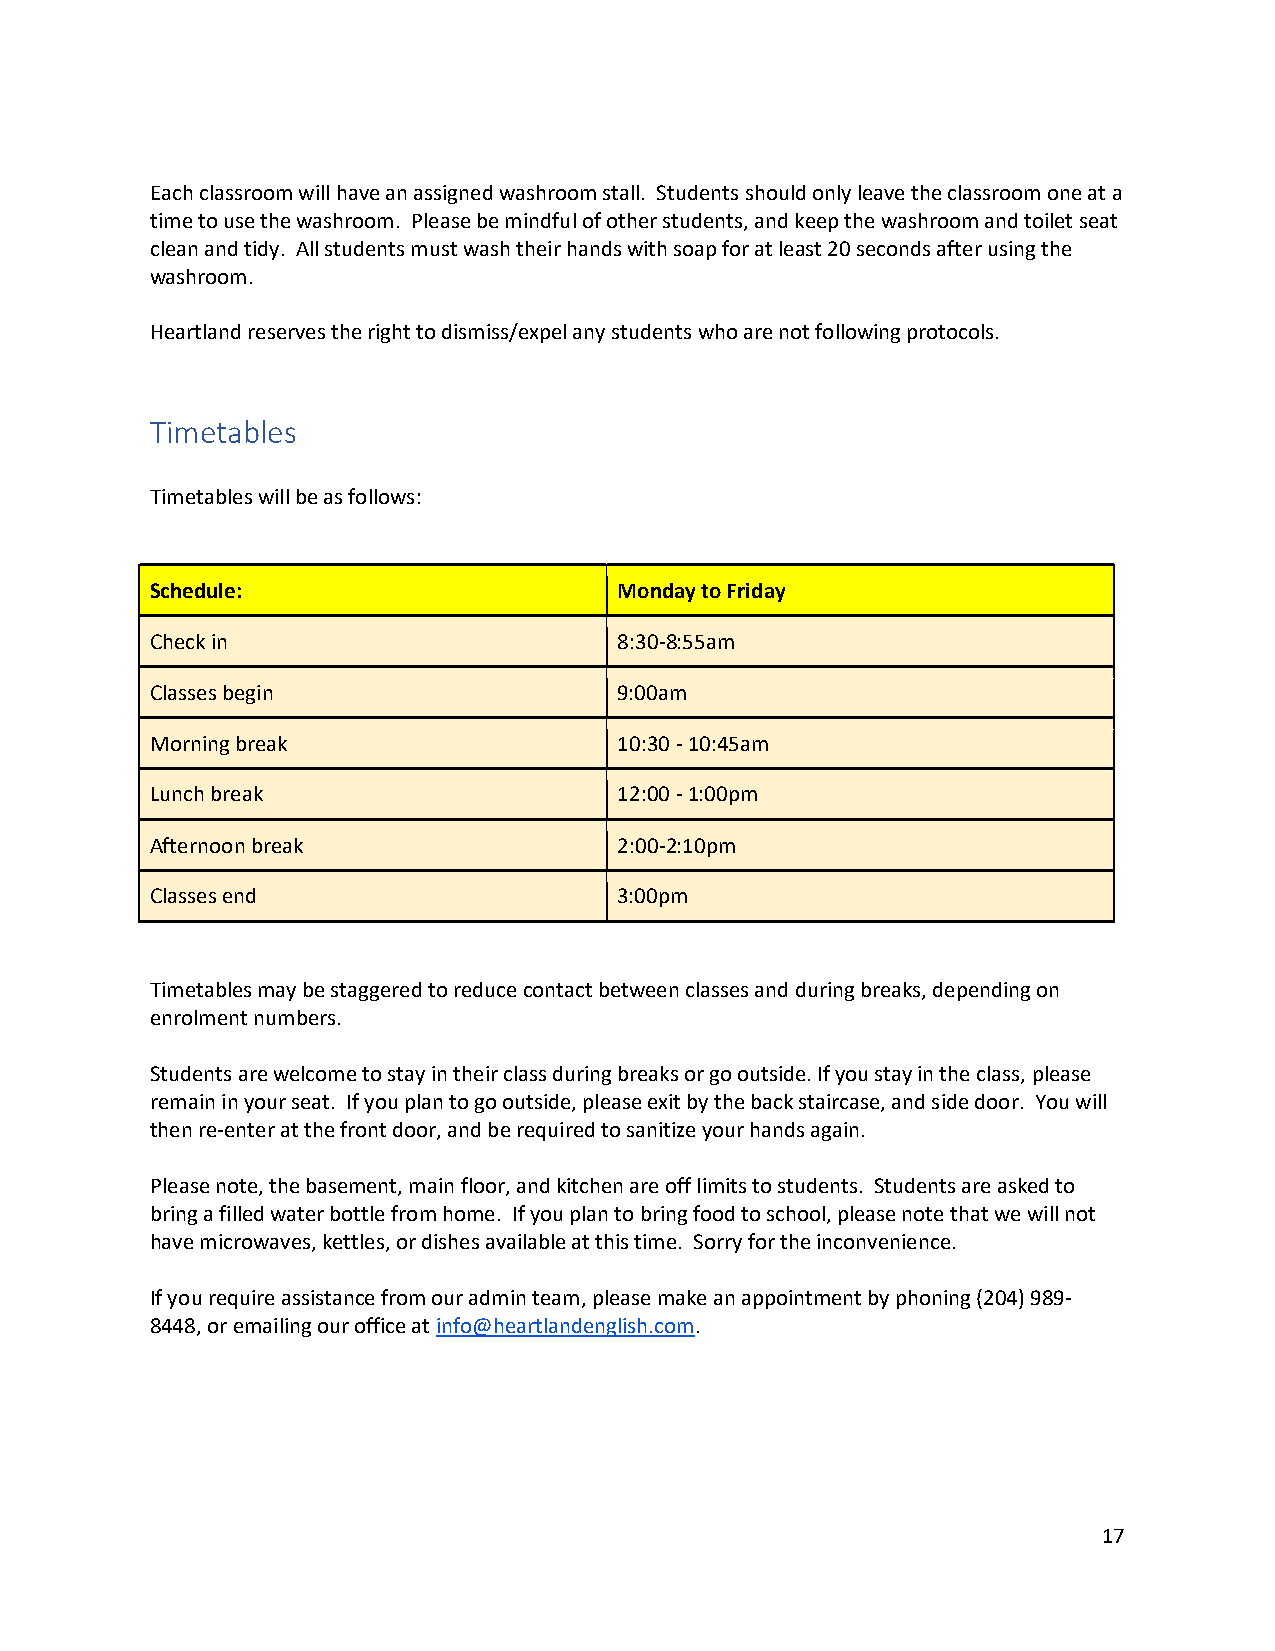
Each classroom will have an assigned washroom stall. Students should only leave the classroom one at a
 time to use the washroom. Please be mindful of other students, and keep the washroom and toilet seat
 clean and tidy. All students must wash their hands with soap for at least 20 seconds after using the
 washroom.
 Heartland reserves the right to dismiss/expel any students who are not following protocols.
 Timetables
 Timetables will be as follows:
 Schedule:                      Monday to Friday
 Check in                       8:30-8:55am
 Classes begin                  9:00am
 Morning break                  10:30 - 10:45am
 Lunch break                    12:00 - 1:00pm
 Afternoon break                2:00-2:10pm
 Classes end                    3:00pm
 Timetables may be staggered to reduce contact between classes and during breaks, depending on
 enrolment numbers.
 Students are welcome to stay in their class during breaks or go outside. If you stay in the class, please
 remain in your seat. If you plan to go outside, please exit by the back staircase, and side door. You will
 then re-enter at the front door, and be required to sanitize your hands again.
 Please note, the basement, main floor, and kitchen are off limits to students. Students are asked to
 bring a filled water bottle from home. If you plan to bring food to school, please note that we will not
 have microwaves, kettles, or dishes available at this time. Sorry for the inconvenience.
 If you require assistance from our admin team, please make an appointment by phoning (204) 989-
 8448, or emailing our office at info@heartlandenglish.com.
 17